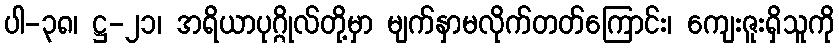
ပါ-၃၈၊ ဋ္ဌ-၂၁၊ အရိယာပုဂ္ဂိုလ်တို့မှာ မျက်နှာမလိုက်တတ်ကြောင်း၊ ကျေးဇူးရှိသူကို